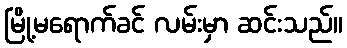
မြို့မရောက်ခင် လမ်းမှာ ဆင်းသည်။